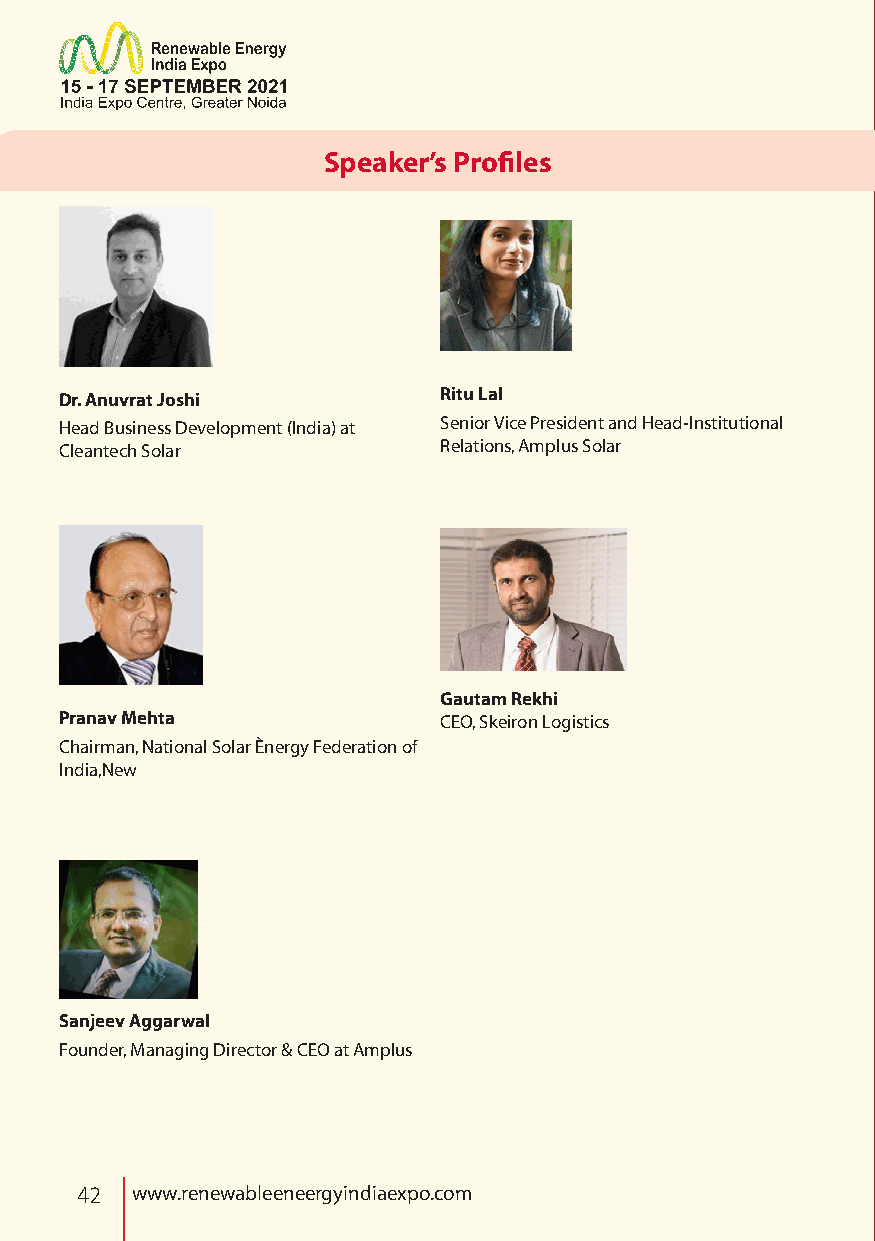
Speaker’s Profiles
 Dr. Anuvrat Joshi        Ritu Lal
 Head Business Development (India) at Senior Vice President and Head-Institutional
 Cleantech Solar          Relations, Amplus Solar
 Gautam Rekhi
 Pranav Mehta             CEO, Skeiron Logistics
 Chairman, National Solar Ènergy Federation of
 India,New
 Sanjeev Aggarwal
 Founder, Managing Director & CEO at Amplus
 42  www.renewableeneergyindiaexpo.com